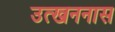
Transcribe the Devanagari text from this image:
उत्खननास